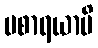
ပစာရယာမိ